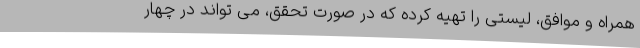
همراه و موافق، لیستی را تهیه کرده که در صورت تحقق، می تواند در چهار